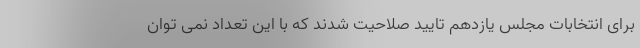
برای انتخابات مجلس یازدهم تایید صلاحیت شدند که با این تعداد نمی توان